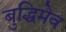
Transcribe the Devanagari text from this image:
बुद्धिमेव